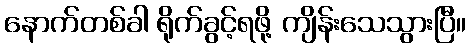
နောက်တစ်ခါ ရိုက်ခွင့်ရဖို့ ကျိန်းသေသွားပြီ။